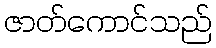
ဇာတ်ကောင်သည်